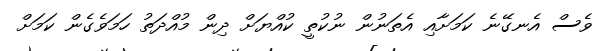
ވެސް އެނގޭނެ ކަމަށާއި އެތަނުން ނުކުތީ ކުއްޔަށް ދިން މުއްދަތު ހަަމަވެގެން ކަމަށް